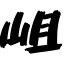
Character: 岨